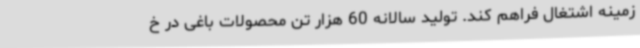
زمینه اشتغال فراهم کند. تولید سالانه 60 هزار تن محصولات باغی در خ